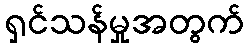
ရှင်သန်မှုအတွက်